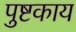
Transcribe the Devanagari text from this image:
पुष्टकाय